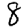
Digit: 8